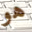
هو